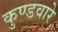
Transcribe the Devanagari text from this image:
कुण्डवारे